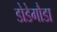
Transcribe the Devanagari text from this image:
डोडेगौडा